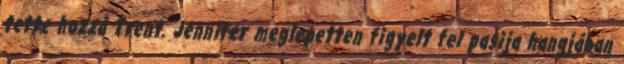
tette hozzá Trent. Jennifer meglepetten figyelt fel pasija hangjában